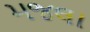
મજલા